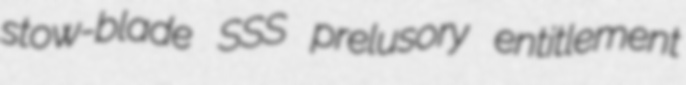
stow-blade SSS prelusory entitlement